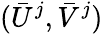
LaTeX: (\bar{U}^{j},\bar{V}^{j})